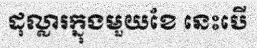
ដុល្លារក្នុងមួយខែ នេះបើ